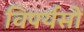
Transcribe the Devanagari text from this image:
विपर्यसों